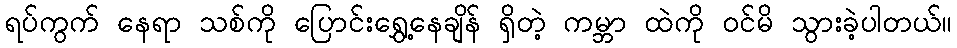
ရပ်ကွက် နေရာ သစ်ကို ပြောင်းရွှေ့နေချိန် ရှိတဲ့ ကမ္ဘာ ထဲကို ဝင်မိ သွားခဲ့ပါတယ်။